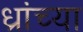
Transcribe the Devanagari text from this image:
ध्रांच्या